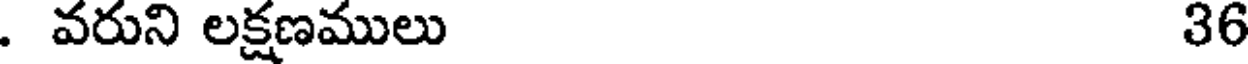
. వరుని లక్షణములు 36